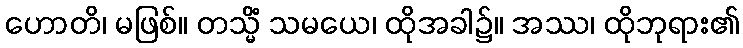
ဟောတိ၊ မဖြစ်။ တသ္မိံ သမယေ၊ ထိုအခါ၌။ အဿ၊ ထိုဘုရား၏